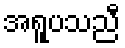
အရူပသညီ